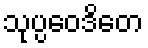
သုပ္ပဝေဒိတေ